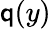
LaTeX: \mathsf{q}(y)